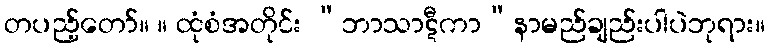
တပည့်တော်။ ။ ထုံစံအတိုင်း “ဘာသာဋီကာ”နာမည်ချည်းပါပဲဘုရား။